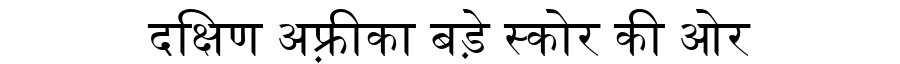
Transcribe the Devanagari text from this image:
दक्षिण अफ़्रीका बड़े स्कोर की ओर